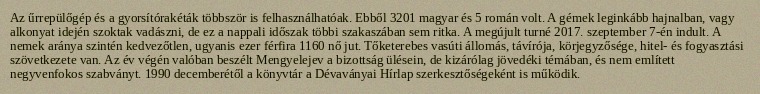
Az űrrepülőgép és a gyorsítórakéták többször is felhasználhatóak. Ebből 3201 magyar és 5 román volt. A gémek leginkább hajnalban, vagy alkonyat idején szoktak vadászni, de ez a nappali időszak többi szakaszában sem ritka. A megújult turné 2017. szeptember 7-én indult. A nemek aránya szintén kedvezőtlen, ugyanis ezer férfira 1160 nő jut. Tőketerebes vasúti állomás, távírója, körjegyzősége, hitel- és fogyasztási szövetkezete van. Az év végén valóban beszélt Mengyelejev a bizottság ülésein, de kizárólag jövedéki témában, és nem említett negyvenfokos szabványt. 1990 decemberétől a könyvtár a Dévaványai Hírlap szerkesztőségeként is működik.